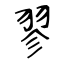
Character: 翏